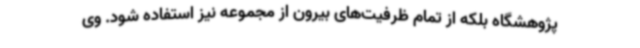
پژوهشگاه بلکه از تمام ظرفیت‌های بیرون از مجموعه نیز استفاده شود. وی